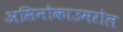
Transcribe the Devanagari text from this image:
असिनोकाउमरोल